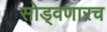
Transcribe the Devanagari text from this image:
सोड्वणारच